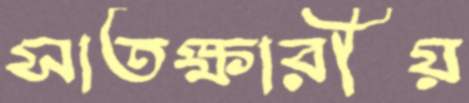
সাতক্ষারীয়